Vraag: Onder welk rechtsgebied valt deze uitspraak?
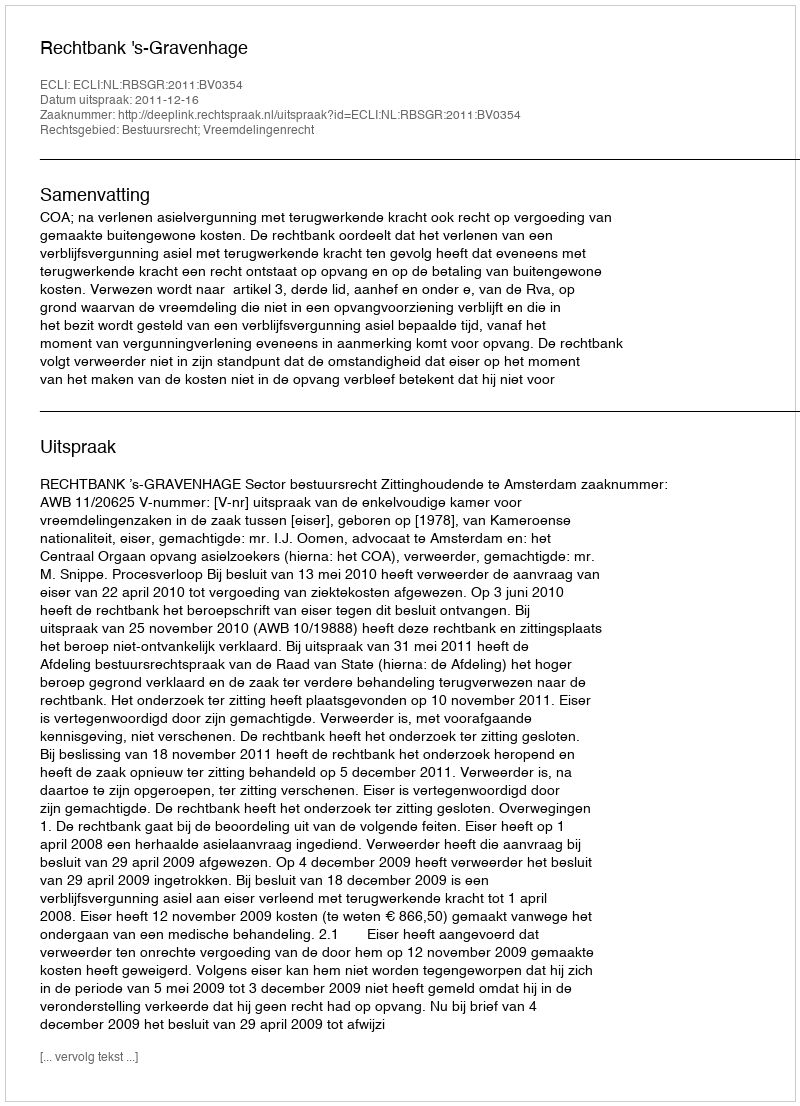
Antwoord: Bestuursrecht; Vreemdelingenrecht